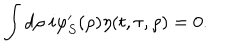
\int d \rho \; i \varphi _ { S } ^ { \prime } ( \rho ) \eta ( t , \tau , \rho ) = 0 .